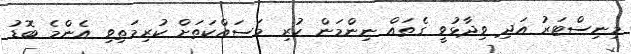
މިނިސްޓަރު އަދި ވިދާޅުވީ ގެތައް ނިންމަން ކުރި މަސައްކަތަށް ކުރިމަތިވި އެންމެ ބޮޑު